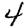
Digit: 4